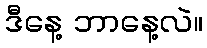
ဒီနေ့ ဘာနေ့လဲ။